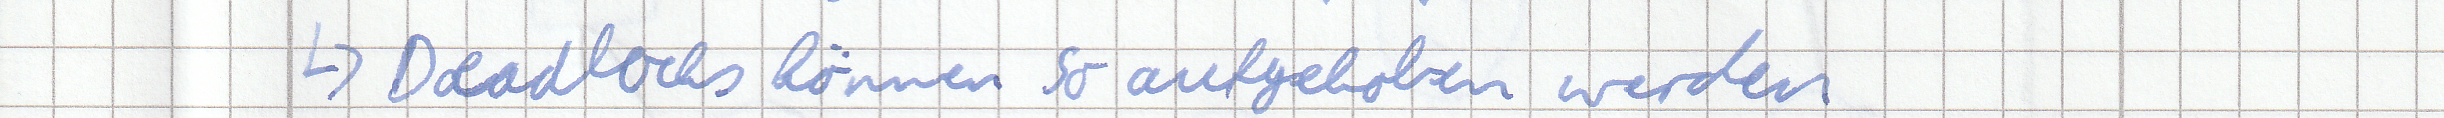
-> Deadlocks können so aufgehoben werden